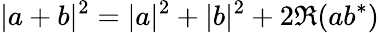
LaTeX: |a+b|^{2}=|a|^{2}+|b|^{2}+2\Re(ab^{*})